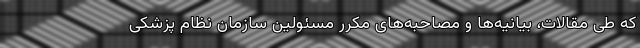
که طی مقالات، بیانیه‌‌ها و مصاحبه‌‌های مکرر مسئولین سازمان نظام پزشکی